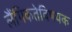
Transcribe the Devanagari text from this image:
लैंगिकतेविषयक